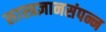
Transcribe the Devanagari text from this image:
सास्त्रज्ञानसंपन्न